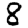
Digit: 8